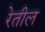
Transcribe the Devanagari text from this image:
रेतील